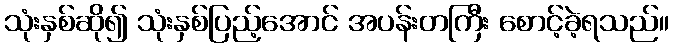
သုံးနှစ်ဆို၍ သုံးနှစ်ပြည့်အောင် အပန်းတကြီး စောင့်ခဲ့ရသည်။